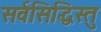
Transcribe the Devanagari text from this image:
सर्वसिद्धिस्तु